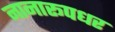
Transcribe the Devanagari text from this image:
नानारूपधर